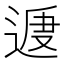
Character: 𨔕